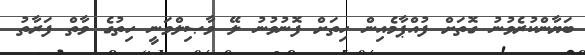
ބަޔާންކުރެވުނު ގޮތަށް ފުއްޕާމެއިން ހިތަށް ފޮނުވުނު ލޭ ވާޞިލްވަނީ ހިތުގެ ވާތް ފަރާތު